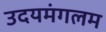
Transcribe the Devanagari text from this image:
उदयमंगलम